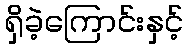
ရှိခဲ့ကြောင်းနှင့်